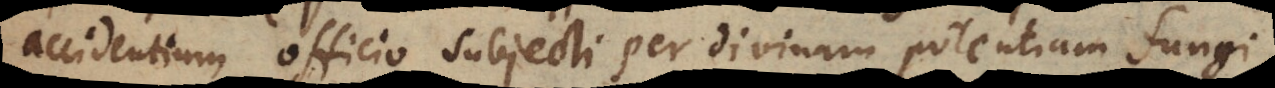
accidentium officio subjecti per divinam potentiam fungi.